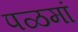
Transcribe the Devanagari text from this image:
पळमां